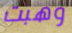
وهبت